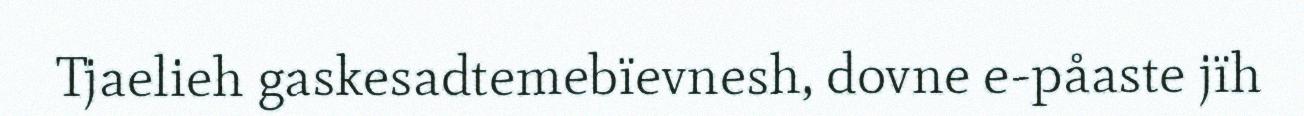
Tjaelieh gaskesadtemebïevnesh, dovne e-påaste jïh